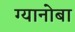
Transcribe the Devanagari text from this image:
ग्यानोबा